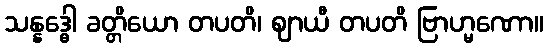
သန္နဒ္ဓေါ ခတ္တိယော တပတိ၊ ဈာယီ တပတိ ဗြာဟ္မဏော။